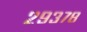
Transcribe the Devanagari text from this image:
२९३७८